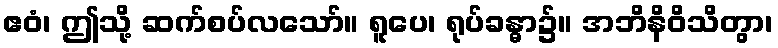
ဧဝံ၊ ဤသို့ ဆက်စပ်လသော်။ ရူပေ၊ ရုပ်ခန္ဓာ၌။ အဘိနိဝိသိတွာ၊